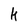
Character: k